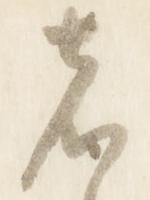
者